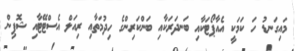
މައިގަނޑު ހަ ކަމަކީ އެއާޕޯޓަކާއި ބަނދަރަކާއި ބަންކަރިންގެ ހިދުމަތާއި ރިއަލް އެސްޓޭޓާއި ޝޮޕިން